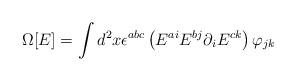
LaTeX: \begin{align*} \Omega [E] = \int d^2 x \epsilon^{a b c} \left( E^{a i} E^{b j} \partial_i E^{c k} \right) \varphi_{j k}\end{align*}